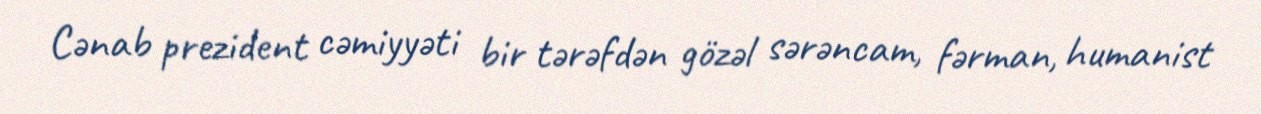
Cənab prezident cəmiyyəti bir tərəfdən gözəl sərəncam, fərman, humanist